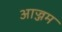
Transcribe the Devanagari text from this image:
आज्जम